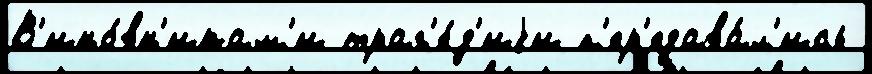
В'ино́вн'икам'и траг'е́д'иjи п'ер'едава́л'ись